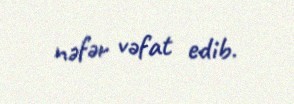
nəfər vəfat edib.